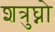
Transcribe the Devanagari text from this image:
शत्रुघ्नो